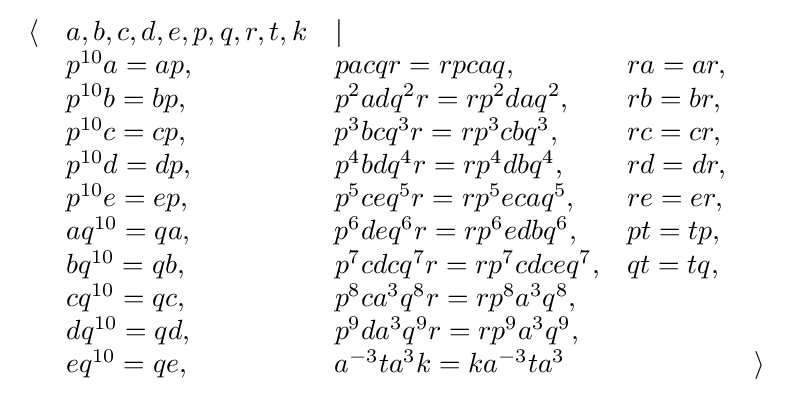
{\begin{array}{lllll}\langle &a,b,c,d,e,p,q,r,t,k&|&&\\&p^{10}a=ap,&pacqr=rpcaq,&ra=ar,&\\&p^{10}b=bp,&p^{2}adq^{2}r=rp^{2}daq^{2},&rb=br,&\\&p^{10}c=cp,&p^{3}bcq^{3}r=rp^{3}cbq^{3},&rc=cr,&\\&p^{10}d=dp,&p^{4}bdq^{4}r=rp^{4}dbq^{4},&rd=dr,&\\&p^{10}e=ep,&p^{5}ceq^{5}r=rp^{5}ecaq^{5},&re=er,&\\&aq^{10}=qa,&p^{6}deq^{6}r=rp^{6}edbq^{6},&pt=tp,&\\&bq^{10}=qb,&p^{7}cdcq^{7}r=rp^{7}cdceq^{7},&qt=tq,&\\&cq^{10}=qc,&p^{8}ca^{3}q^{8}r=rp^{8}a^{3}q^{8},&&\\&dq^{10}=qd,&p^{9}da^{3}q^{9}r=rp^{9}a^{3}q^{9},&&\\&eq^{10}=qe,&a^{-3}ta^{3}k=ka^{-3}ta^{3}&&\rangle \end{array}}